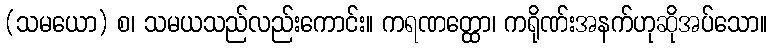
(သမယော) စ၊ သမယသည်လည်းကောင်း။ ကရဏတ္ထော၊ ကရိုဏ်းအနက်ဟုဆိုအပ်သော။